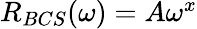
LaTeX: \begin{array}{r}{R_{BCS}(\omega)=A\omega^{x}}\end{array}